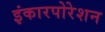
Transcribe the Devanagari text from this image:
इंकारपोरेशन